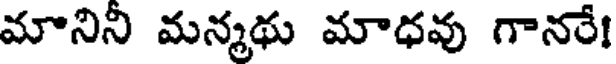
మానిని మన్మథు మాధవు గానరే!